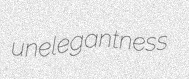
unelegantness